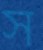
স